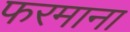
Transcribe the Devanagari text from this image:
फरमाना